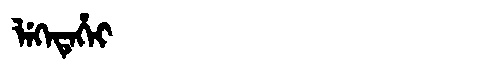
Manchu: ᠯᡝᡴᡝᡨᡝᡥᡝᡳ
Romanization: LEKETEHEI